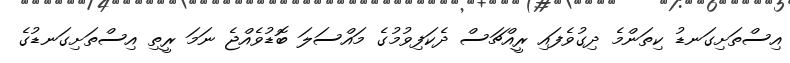
އިސްތަށިގަނޑު ކިތަންމެ ދިގުވެފައި ރީއްޗަސް ދެކަފިވުމުގެ މައްސަލަ ބޮޑުވެއްޖެ ނަމަ ރީތި އިސްތަށިގަނޑުގެ